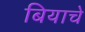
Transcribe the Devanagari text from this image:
बियाचे